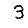
Digit: 3